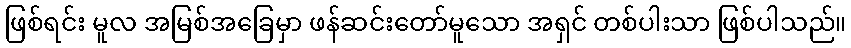
ဖြစ်ရင်း မူလ အမြစ်အခြေမှာ ဖန်ဆင်းတော်မူသော အရှင် တစ်ပါးသာ ဖြစ်ပါသည်။